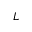
L